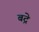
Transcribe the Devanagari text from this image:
बद्रे